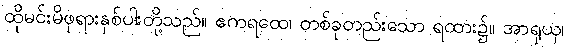
ထိုမင်းမိဖုရားနှစ်ပါးတို့သည်။ ဧကရထေ၊ တစ်ခုတည်းသော ရထား၌။ အာရုယှ၊